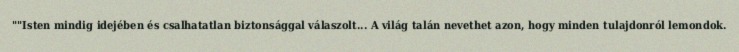
""Isten mindig idejében és csalhatatlan biztonsággal válaszolt... A világ talán nevethet azon, hogy minden tulajdonról lemondok.